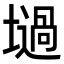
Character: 𡑟